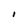
Character: I